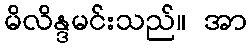
မိလိန္ဒမင်းသည်။ အာ